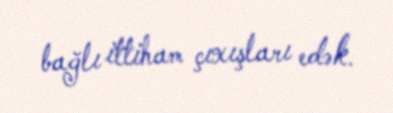
bağlı ittiham çıxışları edək.